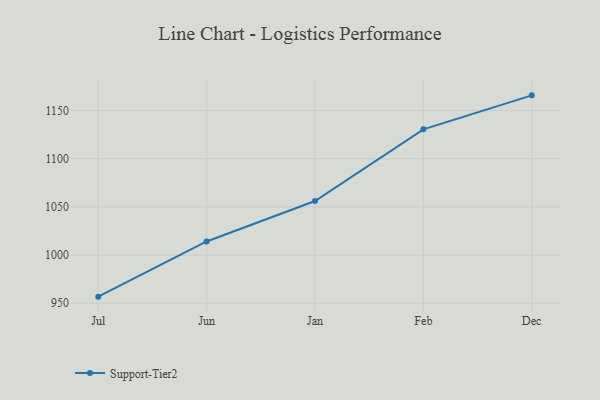
{"axis": {"x": "Month", "y": "Website Visitors"}, "legend": ["Support-Tier2"], "data": [{"x": "Jul", "y": 956.8, "type": "Support-Tier2"}, {"x": "Jun", "y": 1014.1, "type": "Support-Tier2"}, {"x": "Jan", "y": 1056.1, "type": "Support-Tier2"}, {"x": "Feb", "y": 1130.5, "type": "Support-Tier2"}, {"x": "Dec", "y": 1165.8, "type": "Support-Tier2"}]}